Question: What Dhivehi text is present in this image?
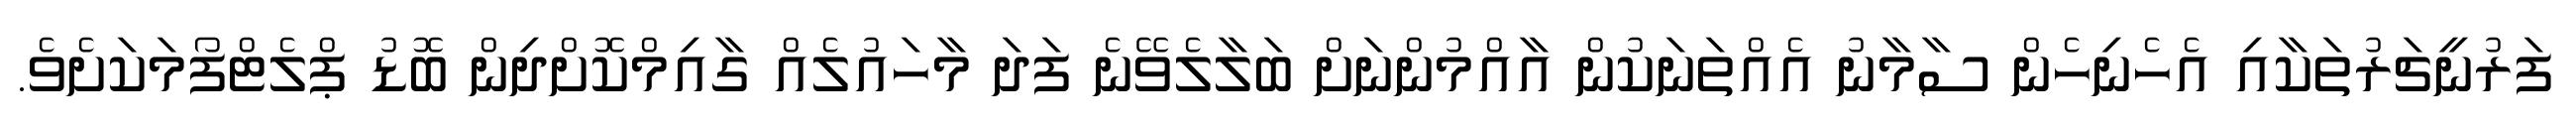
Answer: ފަރުނީޗަރުތަކާއި އެހެނިހެން ސާމާނު އެއްތަނަކުން އާއްމުންނަށް ބަލާލެވޭނެ ފަދަ މާހައުލެއް ގާއިމްކޮށްދިން ބޮޑު ޕްލެޓްފޯމަކަށެވެ.